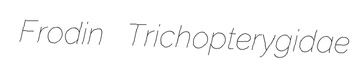
Frodin Trichopterygidae